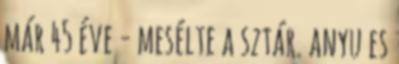
már 45 éve - mesélte a sztár. anyu es